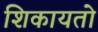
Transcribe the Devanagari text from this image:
शिकायतो